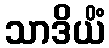
သာဒိယိံ